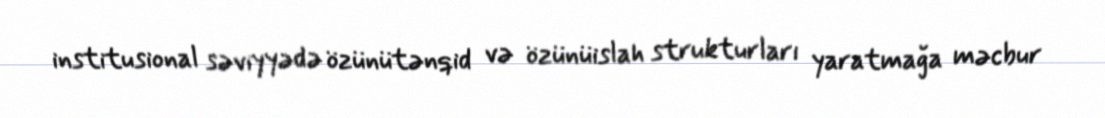
institusional səviyyədə özünütənqid və özünüislah strukturları yaratmağa məcbur